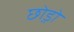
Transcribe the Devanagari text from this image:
छो़ड़ो